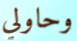
وحاولي